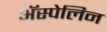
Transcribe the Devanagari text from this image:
अॅस्पेलिन